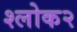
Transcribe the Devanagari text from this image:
श्लोक२